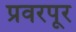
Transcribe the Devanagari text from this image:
प्रवरपूर